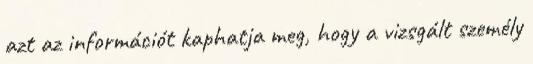
azt az információt kaphatja meg, hogy a vizsgált személy